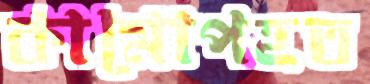
কামোপহত